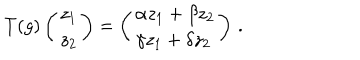
T ( g ) \left( \begin{array} { l } { { z _ { 1 } } } \\ { { z _ { 2 } } } \\ \end{array} \right) = \left( \begin{array} { l l } { { \alpha z _ { 1 } + \beta z _ { 2 } } } \\ { { \gamma z _ { 1 } + \delta z _ { 2 } } } \\ \end{array} \right) \, .